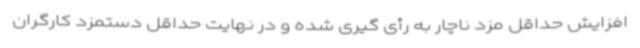
افزایش حداقل مزد ناچار به رأی گیری شده و در نهایت حداقل دستمزد کارگران